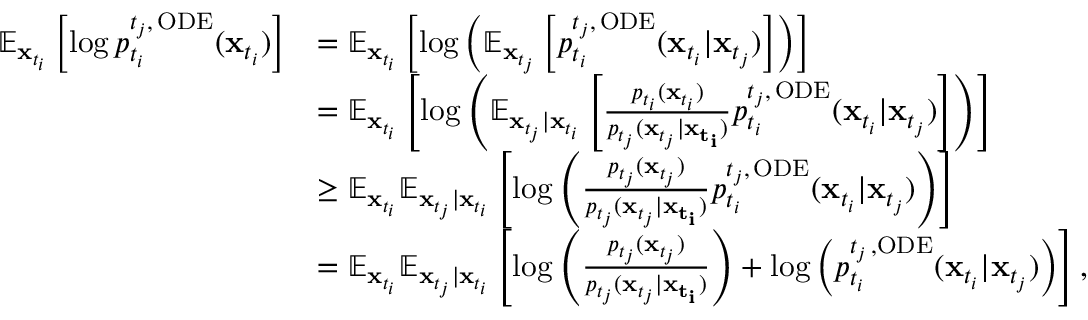
\begin{array} { r l } { \mathbb { E } _ { \mathbf { x } _ { t _ { i } } } \left[ \log p _ { t _ { i } } ^ { t _ { j } , \, \mathrm { O D E } } ( \mathbf { x } _ { t _ { i } } ) \right] } & { = \mathbb { E } _ { \mathbf { x } _ { t _ { i } } } \left[ \log \left( \mathbb { E } _ { \mathbf { x } _ { t _ { j } } } \left[ p _ { t _ { i } } ^ { { t _ { j } } , \, \mathrm { O D E } } ( \mathbf { x } _ { t _ { i } } | \mathbf { x } _ { t _ { j } } ) \right] \right) \right] } \\ & { = \mathbb { E } _ { \mathbf { x } _ { t _ { i } } } \left[ \log \left( \mathbb { E } _ { \mathbf { x } _ { t _ { j } } | \mathbf { x } _ { t _ { i } } } \left[ \frac { p _ { t _ { i } } ( \mathbf { x } _ { t _ { i } } ) } { p _ { t _ { j } } ( \mathbf { x } _ { t _ { j } } | \mathbf { x _ { t _ { i } } } ) } p _ { t _ { i } } ^ { { t _ { j } } , \, \mathrm { O D E } } ( \mathbf { x } _ { t _ { i } } | \mathbf { x } _ { t _ { j } } ) \right] \right) \right] } \\ & { \geq \mathbb { E } _ { \mathbf { x } _ { t _ { i } } } \mathbb { E } _ { \mathbf { x } _ { t _ { j } } | \mathbf { x } _ { t _ { i } } } \left[ \log \left( \frac { p _ { t _ { j } } ( \mathbf { x } _ { t _ { j } } ) } { p _ { t _ { j } } ( \mathbf { x } _ { t _ { j } } | \mathbf { x _ { t _ { i } } } ) } p _ { t _ { i } } ^ { { t _ { j } } , \, \mathrm { O D E } } ( \mathbf { x } _ { t _ { i } } | \mathbf { x } _ { t _ { j } } ) \right) \right] } \\ & { = \mathbb { E } _ { \mathbf { x } _ { t _ { i } } } \mathbb { E } _ { \mathbf { x } _ { t _ { j } } | \mathbf { x } _ { t _ { i } } } \left[ \log \left( \frac { p _ { t _ { j } } ( \mathbf { x } _ { t _ { j } } ) } { p _ { t _ { j } } ( \mathbf { x } _ { t _ { j } } | \mathbf { x _ { t _ { i } } } ) } \right) + \log \left( p _ { t _ { i } } ^ { { t _ { j } } \, , \mathrm { O D E } } ( \mathbf { x } _ { t _ { i } } | \mathbf { x } _ { t _ { j } } ) \right) \right] , } \end{array}